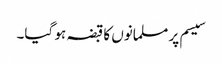
سیسم پر مسلمانوں کا قبضہ ہو گیا۔